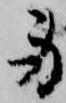
身